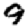
Digit: 9